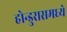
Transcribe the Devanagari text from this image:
होन्डुरासमध्ये